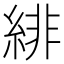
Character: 緋